Annual report on the working of the lock hospitals in the Central Provinces
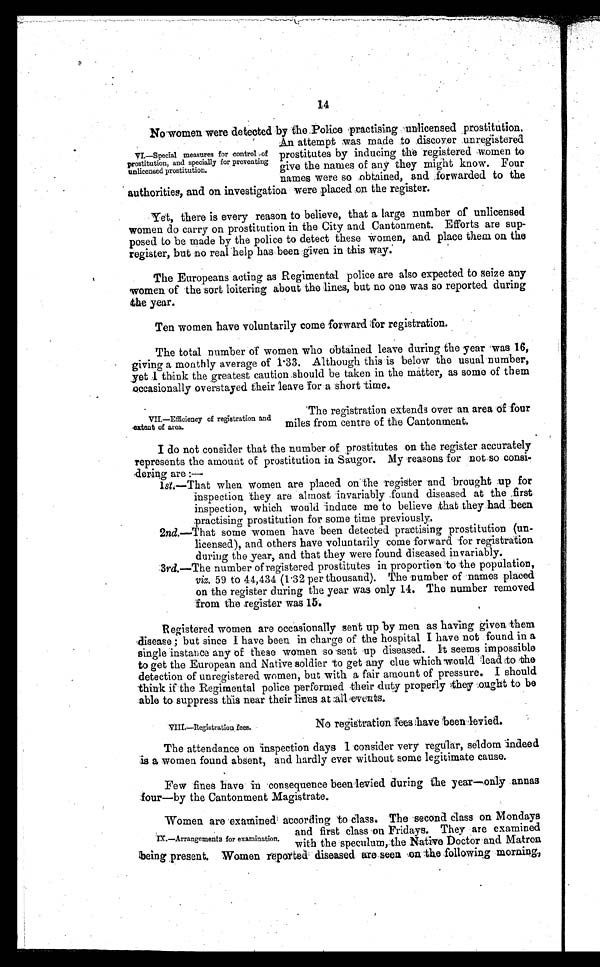
14
No womenwere detected by the Police practising unlicensed prostitution.
An attempt was made to discover unregistered
prostitutes by inducing the registered women to
give the names of any they might know. Four
names were so obtained, and forwarded to the
authorities, and on investigation were placed on the register.
Yet, there is every reason to believe, that a large number of unlicensed
women do carry on prostitution in the City and Cantonment. Efforts are sup-
posed to be made by the police to detect these women, and place them on the
register, but no real help has been given in this way.
The Europeans acting as Regimental police are also expected to seize any
women of the sort loitering about the lines, but no one was so reported during
the year.
Ten women have voluntarily tome forward for registration.
The total number of women who obtained leave during the year was 16,
giving a monthly average of 1.33. Although this is below the usual number,
yet I think the greatest caution should be taken in the matter, as some of them
occasionally overstayed their leave for a short time.
VI.—Special measures for control of
prostitution, and specially for preventing
unlicensed prostitution.
VII.—Efficiency of registration and
extent of area.
The registration extends over an area of four
miles from centre of the Cantonment.
I do not consider that the number of prostitutes on the register accurately
represents the amount of prostitution in Saugor. My reasons for not so consi-
dering are :—
1 s t
. — T h a t w h e n w o m e n a r e p l a c e d o n t h e r e g i s t e r a n d b r o u g h t u p f o r
inspection they are almost invariably found diseased at the first
inspection, which would induce me to believe that they had been
practising prostitution for some time previously.
2nd.—That some women have been detected practising prostitution (un-
licensed), and others have voluntarily come forward for registration
during the year, and that they were found diseased invariably.
3rd.—The number of registered prostitutes in proportion to the population,
viz. 59 to 44,434 (1.32 per thousand). The number of names placed
on the register during the year was only 14. The number removed
from the register was 15.
Registered women are occasionally sent up by men as having given them
disease ; but since I have been in charge of the hospital I have not found in a
single instance any of these women so sent up diseased. It seems impossible
to get the European and Native soldier to get any clue which would lead to the
detection of unregistered women, but with a fair amount of pressure. I should
think if the Regimental police performed their duty properly they ought to be
able to suppress this near their lines at all events.
VIII.—Registration fees.
No registration fees have been levied.
The attendance on inspection days I consider very regular, seldom indeed
is a women found absent, and hardly ever without some legitimate cause.
Few fines have in consequence been levied during the year—only annas
four—by the Cantonment Magistrate.
Women are examined according to class. The second class on Mondays
and first class on Fridays. They are examined
with the speculum, the Native Doctor and Matron
being present. Women reported diseased are seen on the following morning.
IX.—Arrangements for examination.